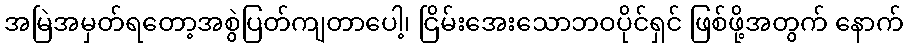
အမြဲအမှတ်ရတော့အစွဲပြတ်ကျတာပေါ့၊ ငြိမ်းအေးသောဘဝပိုင်ရှင် ဖြစ်ဖို့အတွက် နောက်